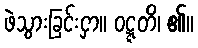
ဖဲသွားခြင်းငှာ။ ဝဋ္ဋတိ၊ ၏။